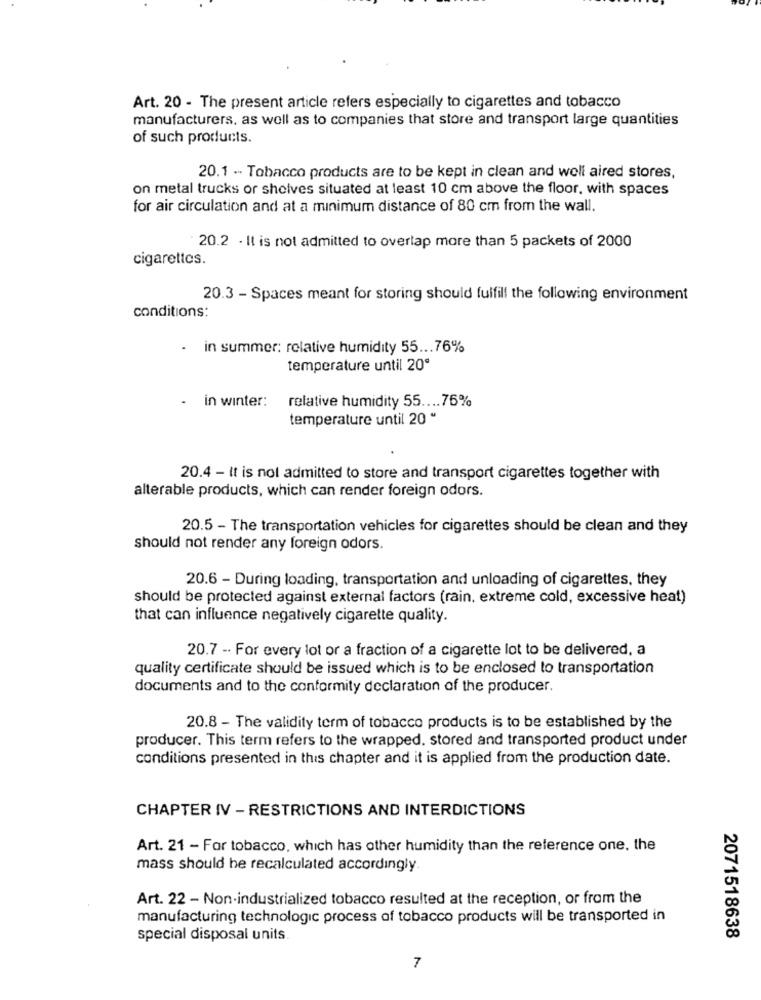
Art. 20 - The present article refers especially to cigarettes and tobacco
manufacturers, as well as to companies that store and transport large quantities
of such products.
20.1 . Tobacco products are to be kept in clean and well aired stores,
on metal trucks or shelves situated at least 10 cm above the floor, with spaces
for air circulation and at a minimum distance of 80 cm from the wall.
20.2 . It is not admitted to overlap more than 5 packets of 2000
cigarettes.
20.3 - Spaces meant for storing should fulfill the following environment
conditions:
.
in summer: relative humidity 55 ... 76%
temperature until 20ª
relative humidity 55 .... 76%
- in winter:
temperature until 20 "
20.4 - It is not admitted to store and transport cigarettes together with
alterable products, which can render foreign odors.
20.5 - The transportation vehicles for cigarettes should be clean and they
should not render any foreign odors.
20.6 - During loading, transportation and unloading of cigarettes, they
should be protected against external factors (rain. extreme cold, excessive heat)
that can influence negatively cigarette quality.
20.7 - For every lot or a fraction of a cigarette lot to be delivered, a
quality certificate should be issued which is to be enclosed to transportation
documents and to the conformity declaration of the producer.
20.8 - The validity term of tobacco products is to be established by the
producer. This term refers to the wrapped. stored and transported product under
conditions presented in this chapter and it is applied from the production date.
CHAPTER IV - RESTRICTIONS AND INTERDICTIONS
Art. 21 - For tobacco, which has other humidity than the reference one, the
mass should be recalculated accordingly.
Art. 22 - Non-industrialized tobacco resulted at the reception, or from the
manufacturing technologic process of tobacco products will be transported in
special disposal units.
2071518638
7